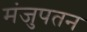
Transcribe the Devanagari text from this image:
मंजुपतन